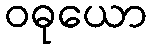
ဝဓုယော